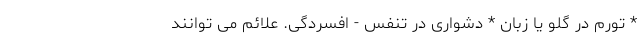
* تورم در گلو یا زبان * دشواری در تنفس - افسردگی. علائم می توانند